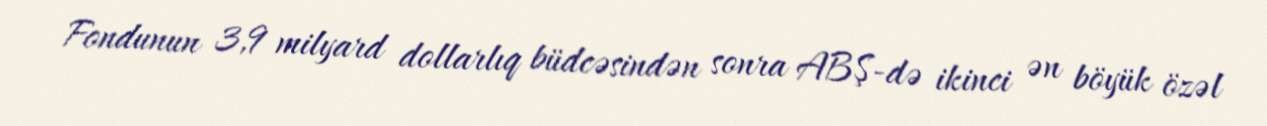
Fondunun 3,9 milyard dollarlıq büdcəsindən sonra ABŞ-də ikinci ən böyük özəl